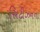
સિટીઝનના